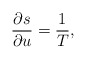
\begin{align*}\frac{\partial s}{\partial u}=\frac{1}{T},\end{align*}